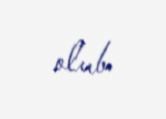
olub.